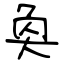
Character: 奐